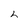
Character: 2